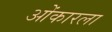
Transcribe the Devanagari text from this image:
ओंकारला